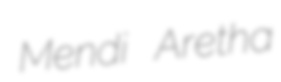
Mendi Aretha